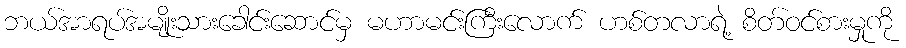
ဘယ်အာရပ်အမျိုးသားခေါင်းဆောင်မှ မဟာမင်းကြီးလောက် ဟစ်တလာရဲ့ စိတ်ဝင်စားမှုကို